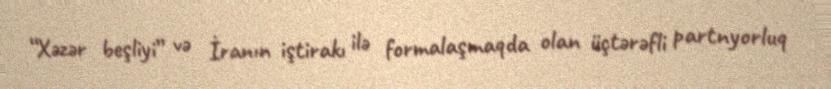
“Xəzər beşliyi” və İranın iştirakı ilə formalaşmaqda olan üçtərəfli partnyorluq